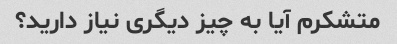
متشکرم آیا به چیز دیگری نیاز دارید؟